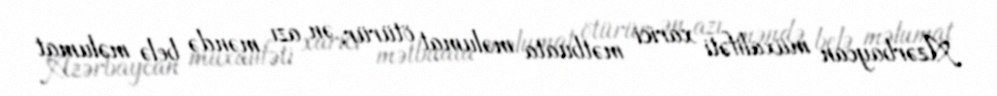
Azərbaycan müxalifəti xarici mətbuata məlumat ötürür, ən azı məndə belə məlumat